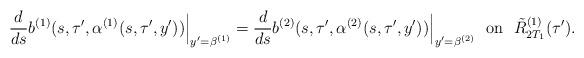
LaTeX: \begin{align*}\frac{d}{ds}b^{(1)}(s,\tau',\alpha^{(1)}(s,\tau', y'))\Big|_{y'=\beta^{(1)}}=\frac{d}{ds}b^{(2)}(s,\tau',\alpha^{(2)}(s,\tau', y'))\Big|_{y'=\beta^{(2)}} \ \ \mbox{on}\ \ \tilde R_{2T_1}^{(1)}(\tau'). \end{align*}